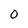
Character: 0